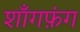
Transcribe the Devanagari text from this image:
शाँगफ़ंग